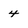
Character: 4